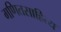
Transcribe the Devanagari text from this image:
गणितसाहित्य